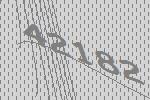
42182